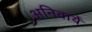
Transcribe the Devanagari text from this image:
अनिवार्ये